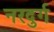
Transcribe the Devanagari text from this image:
नरदुर्ग